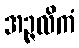
အဉ္ဇလိကံ